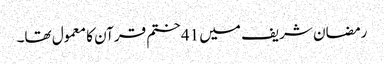
رمضان شریف میں 41 ختم قرآن کا معمول تھا۔